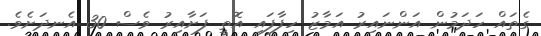
ގެތައް ހަދަމުން އަންނައިރު އަމާޒު ހިފާފައި އޮތީ ފަށާއިރު ވެސް 30 އެނދަށެވެ.